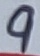
Text: 9